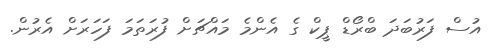
އުސް ފަރުބަދަ ބްރޯޑް ޕީކް ގެ އެންމެ މައްޗަށް ފުރަތަމަ ފަހަރަށް އެރުން.